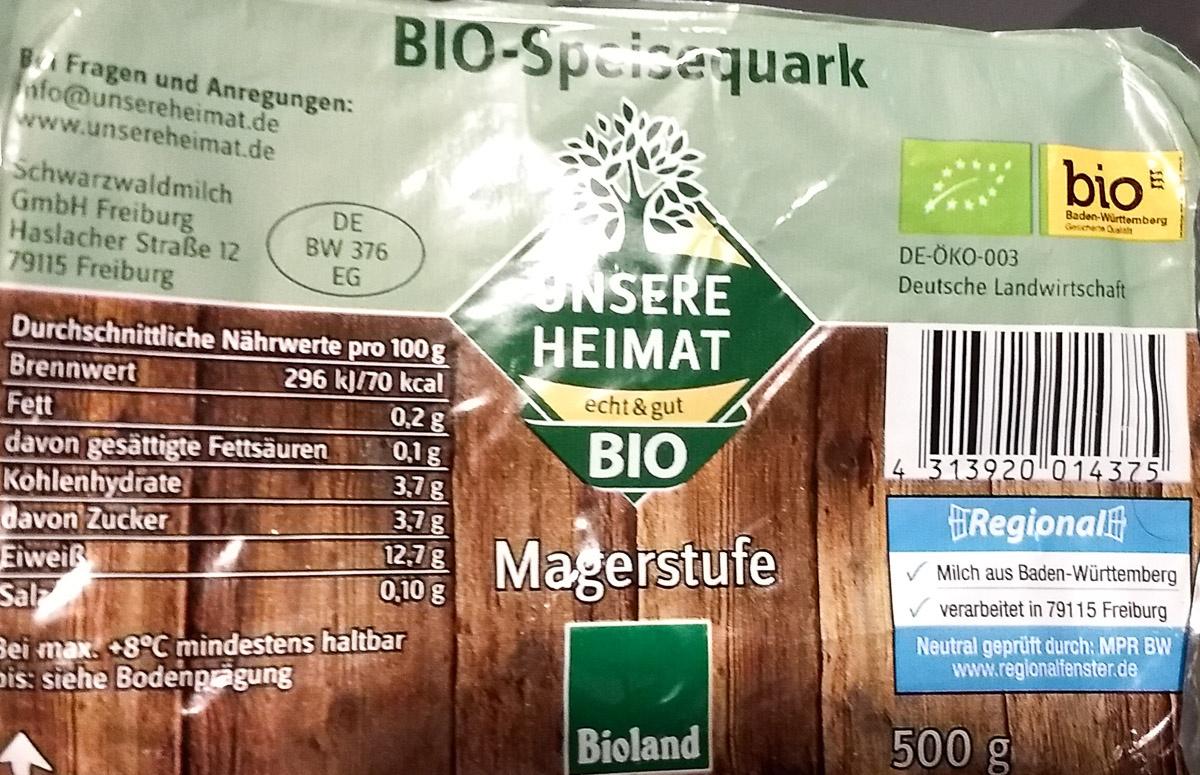
BIO-Speisaquark
Bi Fragen und Anregungen: nfo@unsereheimat.de www.unsereheimat.de
bio
Schwarzwaldmilch GmbH Freiburg Haslacher Straße 12 79115 Freiburg
Baden-Württemberg Geschee ah
DE BW 376 EG
DE-ÖKO-003
Deutsche Landwirtschaft
UNSERE ΗΕΙΜΑΤ
Durchschnittliche Nährwerte pro 100g
Brennwert
296 kl/70 kcal
echt & gut
Fett davon gesättigte Fettsäuren Kohlenhydrate davon Zucker EiweiR Sal Bei max. 8°C mìndestens haltbar Dis: siehe Bodenpägung
0,2g 0,1g 3,7g 3,7g 12,7g 0.10 g
BIO
3139.20 014375
ERegional
Magerstufe
Milch aus Baden-Württemberg
verarbeitet in 79115 Freiburg
Neutral geprüft durch: MPR BW www.reglonalfenster.de
Bioland
500g